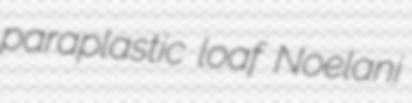
paraplastic loaf Noelani